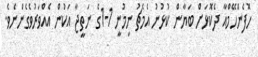
ހޮފެންހޭމްއާ ދެކޮޅަށް ބަޔާން ކުޅުނު އެމެޗު ނިމުނީ 1-1ގެ ނަތީޖާ އަކުން އެއްވަރުވެގެންނެވެ.